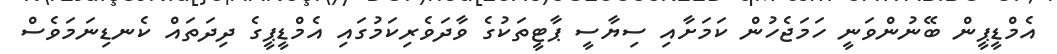
އެމްޑީޕީން ބޭނުންވަނީ ހަމަޖެހުން ކަމަށާއި ސިޔާސީ ޕާޓީތަކުގެ ވާދަވެރިކަމުގައި އެމްޑީޕީގެ ދިދަތައް ކެނޑިނަމަވެސް